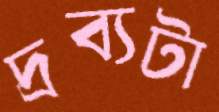
দ্রব্যটা